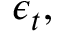
\boldsymbol { \epsilon } _ { t } ,